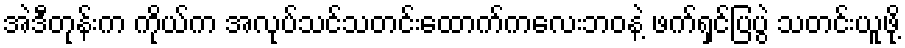
အဲဒီတုန်းက ကိုယ်က အလုပ်သင်သတင်းထောက်ကလေးဘဝနဲ့ ဖက်ရှင်ပြပွဲ သတင်းယူဖို့